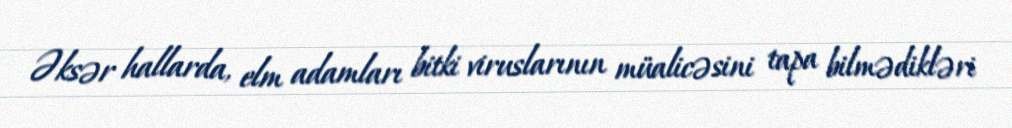
Əksər hallarda, elm adamları bitki viruslarının müalicəsini tapa bilmədikləri